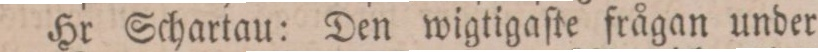
Hr Schartau: Den wigtigaſte frågan under